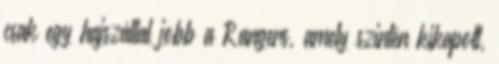
csak egy hajszállal jobb a Rangers, amely szintén kikapott,